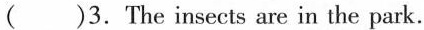
( )3. The insects are in the park.